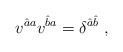
LaTeX: \begin{align*}v^{\hat aa} v^{\hat b a} = \delta^{\hat a\hat b}\; ,\end{align*}